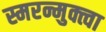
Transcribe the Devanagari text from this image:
स्मरन्मुक्त्वा